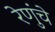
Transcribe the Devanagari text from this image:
रेणुंचे